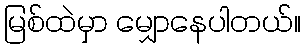
မြစ်ထဲမှာ မျှောနေပါတယ်။